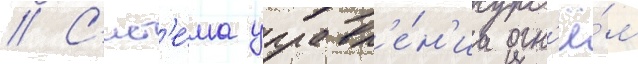
// С'ист'е́ма управл'е́н'иа огн'ё́м